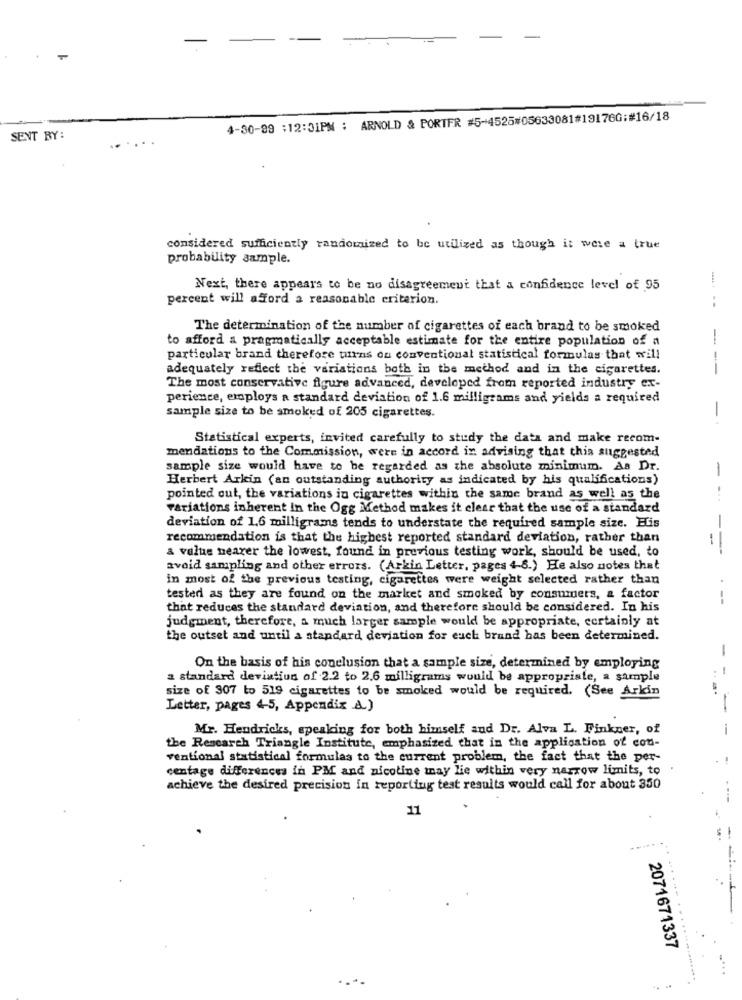
4-30-99 :12:31PM : ARNOLD & PORTER #5-4525#05633081#19176G:#16/18
SENT BY:
considered sufficiently randomized to be utilized as though it were a true
probability sample.
Next, there appears to be no disagreement that a confidence level of 95
percent will afford a reasonable criterion.
The determination of the number of cigarettes of each brand to be smoked
to afford a pragmatically acceptable estimate for the entire population of a
-
particular brand therefore turns on conventional statistical formulas that will
adequately reflect the variations both in the method and in the cigarettes.
-
The most conservative figure advanced, developed from reported industry ex-
perience, employs a standard deviation of 1.6 milligrams and yields a required
sample size to be smoked of 205 cigarettes.
Statistical experts, invited carefully to study the data and make recom-
mendations to the Commission, were in accord in advising that this suggested
sample size would have to be regarded as the absolute minimum. As Dr.
-
Herbert Arkin (an outstanding authority as indicated by his qualifications)
pointed out, the variations in cigarettes within the same brand as well as the
...
variations inherent in the Ogg Method makes it clear that the use of a standard
deviation of 1,6 milligrams tends to understate the required sample size. His
recommendation is that the highest reported standard deviation, rather than
a value nearer the lowest, found in previous testing work, should be used, to
avoid sampling and other errors. (Arkin Letter, pages 4-8.) He also notes that
in most of the previous testing, cigarettes were weight selected rather than
tested as they are found on the market and smoked by consumers, a factor
that reduces the standard deviation, and therefore should be considered. In his
judgment, therefore, a much larger sample would be appropriate, certainly at
the outset and until a standard deviation for euch brand has been determined.
-
On the basis of his conclusion that a sample size, determined by employing
a standard deviation of 2.2 to 2.6 milligrams would be appropriate, a sample
size of 307 to 519 cigarettes to be smoked would be required. (See Arkin
Letter, pages 4-5, Appendix A)
Mr. Hendricks, speaking for both himself and Dr. Alva L. Finkner, of
the Research Triangle Institute, emphasized that in the application of con-
ventional statistical formulas to the current problem, the fact that the per-
centage differences in PM and nicotine may lie within very narrow limits, to .
achieve the desired precision in reporting test results would call for about 350
11
......--
2071671337
... .